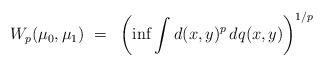
LaTeX: \begin{align*} W_p(\mu_0,\mu_1)~=~\left(\inf \int d(x,y)^p\, dq(x,y)\right)^{1/p}\end{align*}